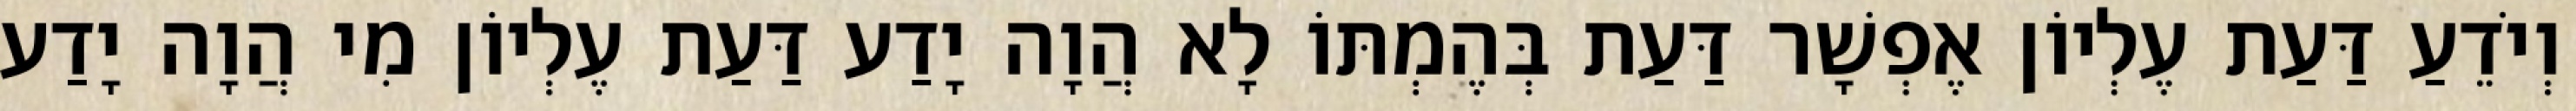
וְיֹדֵעַ דַּעַת עֶלְיוֹן אֶפְשָׁר דַּעַת בְּהֶמְתּוֹ לָא הֲוָה יָדַע דַּעַת עֶלְיוֹן מִי הֲוָה יָדַע